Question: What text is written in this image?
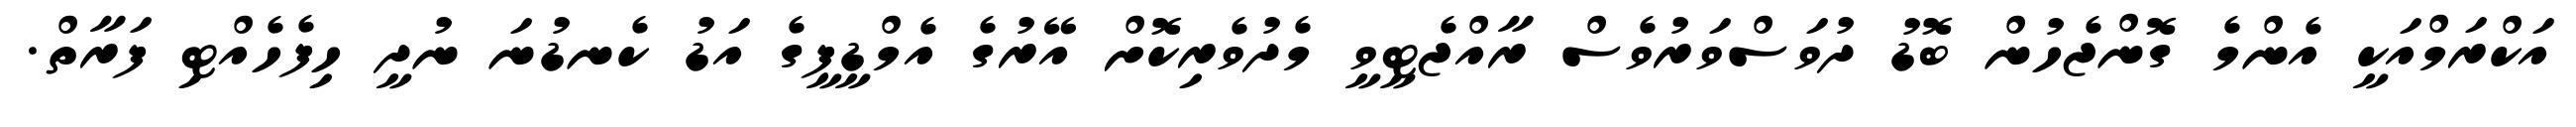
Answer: އަކްރަމްއަކީ އެންމެ ގޮންޖެހުން ބޮޑު ދުވަސްވަރުވެސް ރާއްޖެޓީވީ މެދުވެރިކޮށް އޭރުގެ އެމްޑީޕީގެ އަޑު ކެނޑުނަ ނުދީ ހިފެހެއްޓި ފަރާތް.